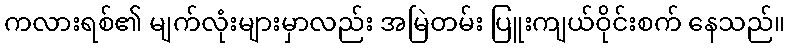
ကလားရစ်၏ မျက်လုံးများမှာလည်း အမြဲတမ်း ပြူးကျယ်ဝိုင်းစက် နေသည်။